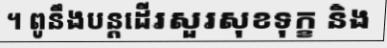
។ ពូនឹងបន្តដើរសួរសុខទុក្ខ និង